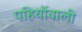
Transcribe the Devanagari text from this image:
पहियोंवाली